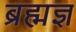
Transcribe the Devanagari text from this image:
ब्रह्मज्ञ